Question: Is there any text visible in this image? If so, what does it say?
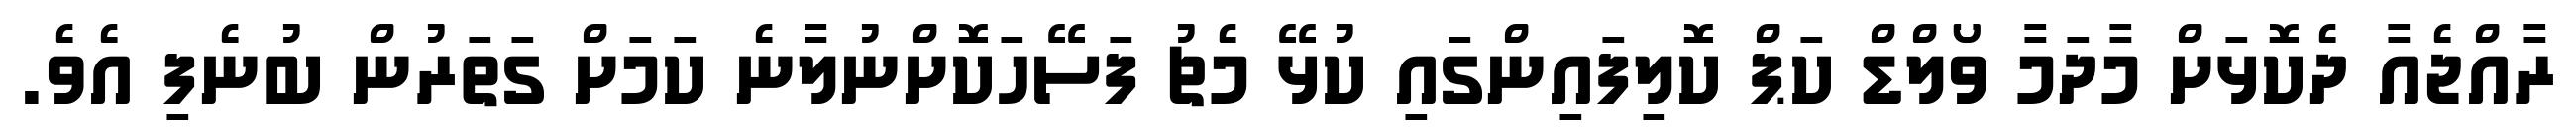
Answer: ރާއްޖެއާ ދެކޮޅަށް މާދަމާ ވޯލްޑް ކަޕް ކޮލިފައިންގައި ކުޅޭ މެޗު ފަސޭހަކޮށްނުލާނެ ކަމަށް ގަތަރުން ބުނެފި އެވެ.